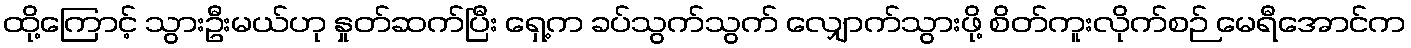
ထို့ကြောင့် သွားဦးမယ်ဟု နှုတ်ဆက်ပြီး ရှေ့က ခပ်သွက်သွက် လျှောက်သွားဖို့ စိတ်ကူးလိုက်စဉ် မေရီအောင်က